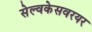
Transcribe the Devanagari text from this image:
सेल्वकेसवरयर